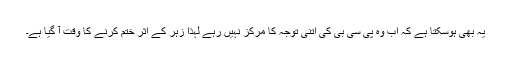
یہ بھی ہوسکتا ہے کہ اب وہ پی سی بی کی اتنی توجہ کا مرکز نہیں رہے لہٰذا زہر کے اثر ختم کرنے کا وقت آ گیا ہے۔